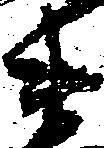
衛